Scottish Education Department, 1936
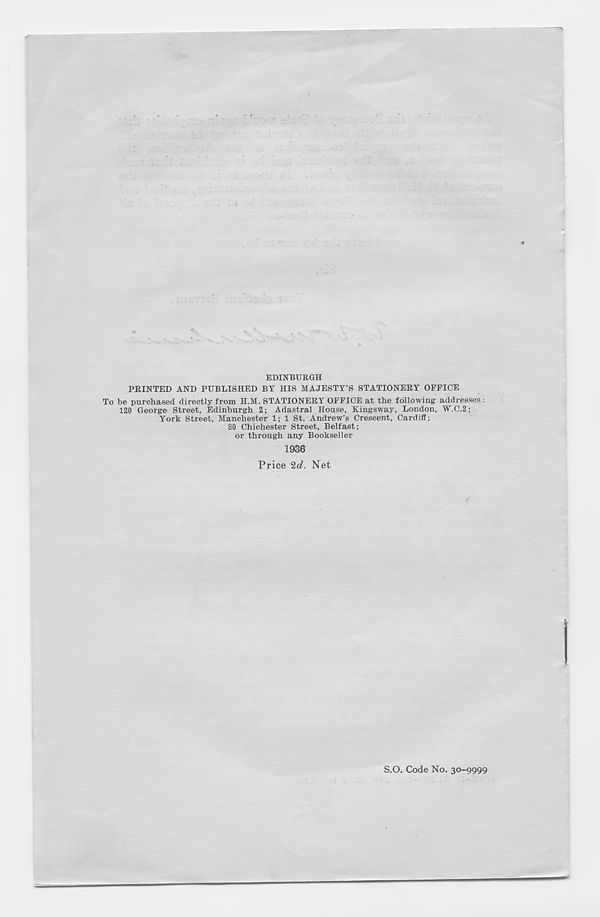
EDINBURGH
PRINTED AND PUBLISHED BY HIS MAJESTY’S STATIONERY OFFICE
To be purchased directly from H.M. STATIONERY OFFICE at the following addresses -.
120 George Street, Edinburgh 2; Adastral House, Kingsway, London, W.C.2;
York Street, Manchester 1; 1 St. Andrew’s Crescent, Cardiff;
80 Chichester Street, Belfast;
or through any Bookseller
1936
Price 2c?. Net
S.O. Code No. 30-9999